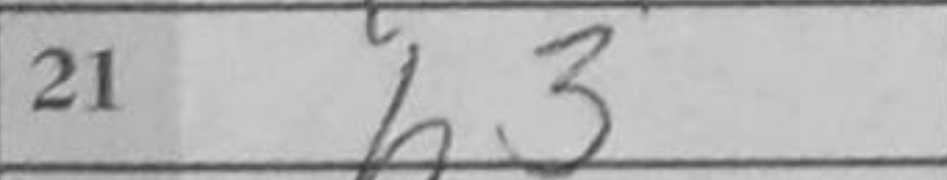
Transcription: h3